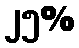
၂၅%